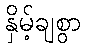
နှိမ့်ချစွာ